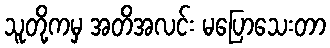
သူတို့ကမှ အတိအလင်း မပြောသေးတာ